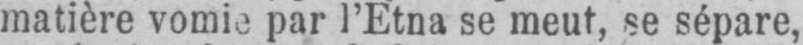
matière vomie par l’Etna se meut, se sépare,